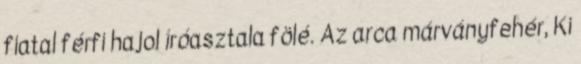
fiatal férfi hajol íróasztala fölé. Az arca márványfehér, Ki